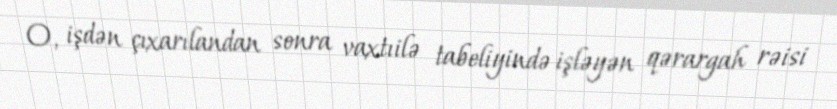
O, işdən çıxarılandan sonra vaxtıilə tabeliyində işləyən qərargah rəisi